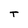
Character: T